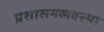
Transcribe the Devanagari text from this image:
प्रशासनव्यवस्था